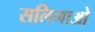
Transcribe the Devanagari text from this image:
सलिगाओ